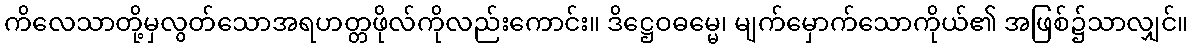
ကိလေသာတို့မှလွတ်သောအရဟတ္တဖိုလ်ကိုလည်းကောင်း။ ဒိဋ္ဌေဝဓမ္မေ၊ မျက်မှောက်သောကိုယ်၏ အဖြစ်၌သာလျှင်။